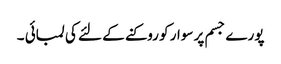
پورے جسم پر سوار کو روکنے کے لئے کی لمبائی ۔